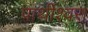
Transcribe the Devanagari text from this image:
पार्थीश्‍वरा